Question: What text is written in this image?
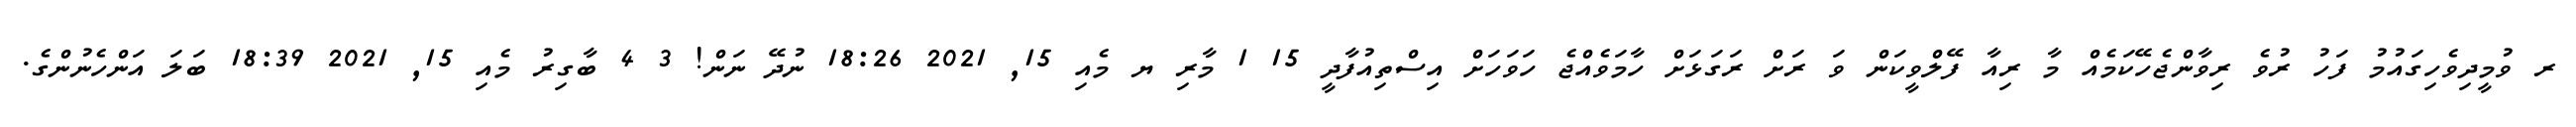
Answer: ރ ވުމީދިވެހިގައުމު ފަހު ރުވެ ރިވާންޖެހޭކަމެއް މާ ރިއާ ފޭލްވީކަން ވަ ރަށް ރަގަޅަށް ހާމަވެއްޖެ ހަވަހަށް އިސްތިއުފާދީ 15 1 މާރި ޔ މެއި 15, 2021 18:26 ނުދޭ ނަން! 3 4 ބާގިރު މެއި 15, 2021 18:39 ބަލަ އަންހެނުންގެ.